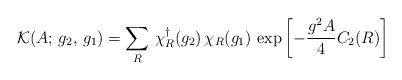
LaTeX: \begin{align*}\mathcal{K}(A;\,g_{2},\, g_{1})=\sum _{R}\, \chi _{R}^{\dagger}(g_{2})\, \chi _{R}(g_{1})\, \exp \left[ -\frac{g^{2}A}{4}C_{2}(R)\right]\end{align*}